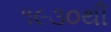
૧૯૩૦થી